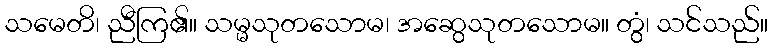
သမေတိ၊ ညီကြ၏။ သမ္မသုတသောမ၊ အဆွေသုတသောမ။ တွံ၊ သင်သည်။